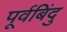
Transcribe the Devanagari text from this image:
पूर्वबिंदु